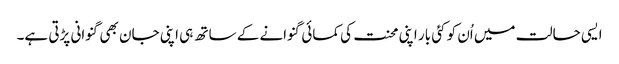
ایسی حالت میں اُن کو کئی بار اپنی محنت کی کمائی گنوانے کے ساتھ ہی اپنی جان بھی گنوانی پڑتی ہے۔